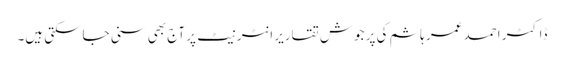
ڈاکٹر احمد عمر ہاشم کی پر جوش تقاریر انٹر نیٹ پر آج بھی سنی جاسکتی ہیں۔